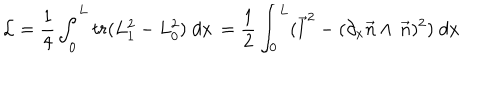
{ \cal L } = \frac { 1 } { 4 } \int _ { 0 } ^ { L } t r ( L _ { 1 } ^ { 2 } - L _ { 0 } ^ { 2 } ) \; d x \, = \frac { 1 } { 2 } \int _ { 0 } ^ { L } ( \vec { l } ^ { 2 } - ( \partial _ { x } \vec { n } \wedge \, \vec { n } ) ^ { 2 } ) \; d x